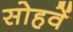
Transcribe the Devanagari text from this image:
सोहवें